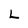
Character: L